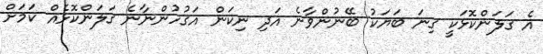
އެ ގަލަންކޮޅަކީ ގިނަ ބަޔަކު ބޭނުންވާނެ އަދި ނިކަން އަގުހުންނާނެ ގަލަންކޮޅެއް ކަމަށް